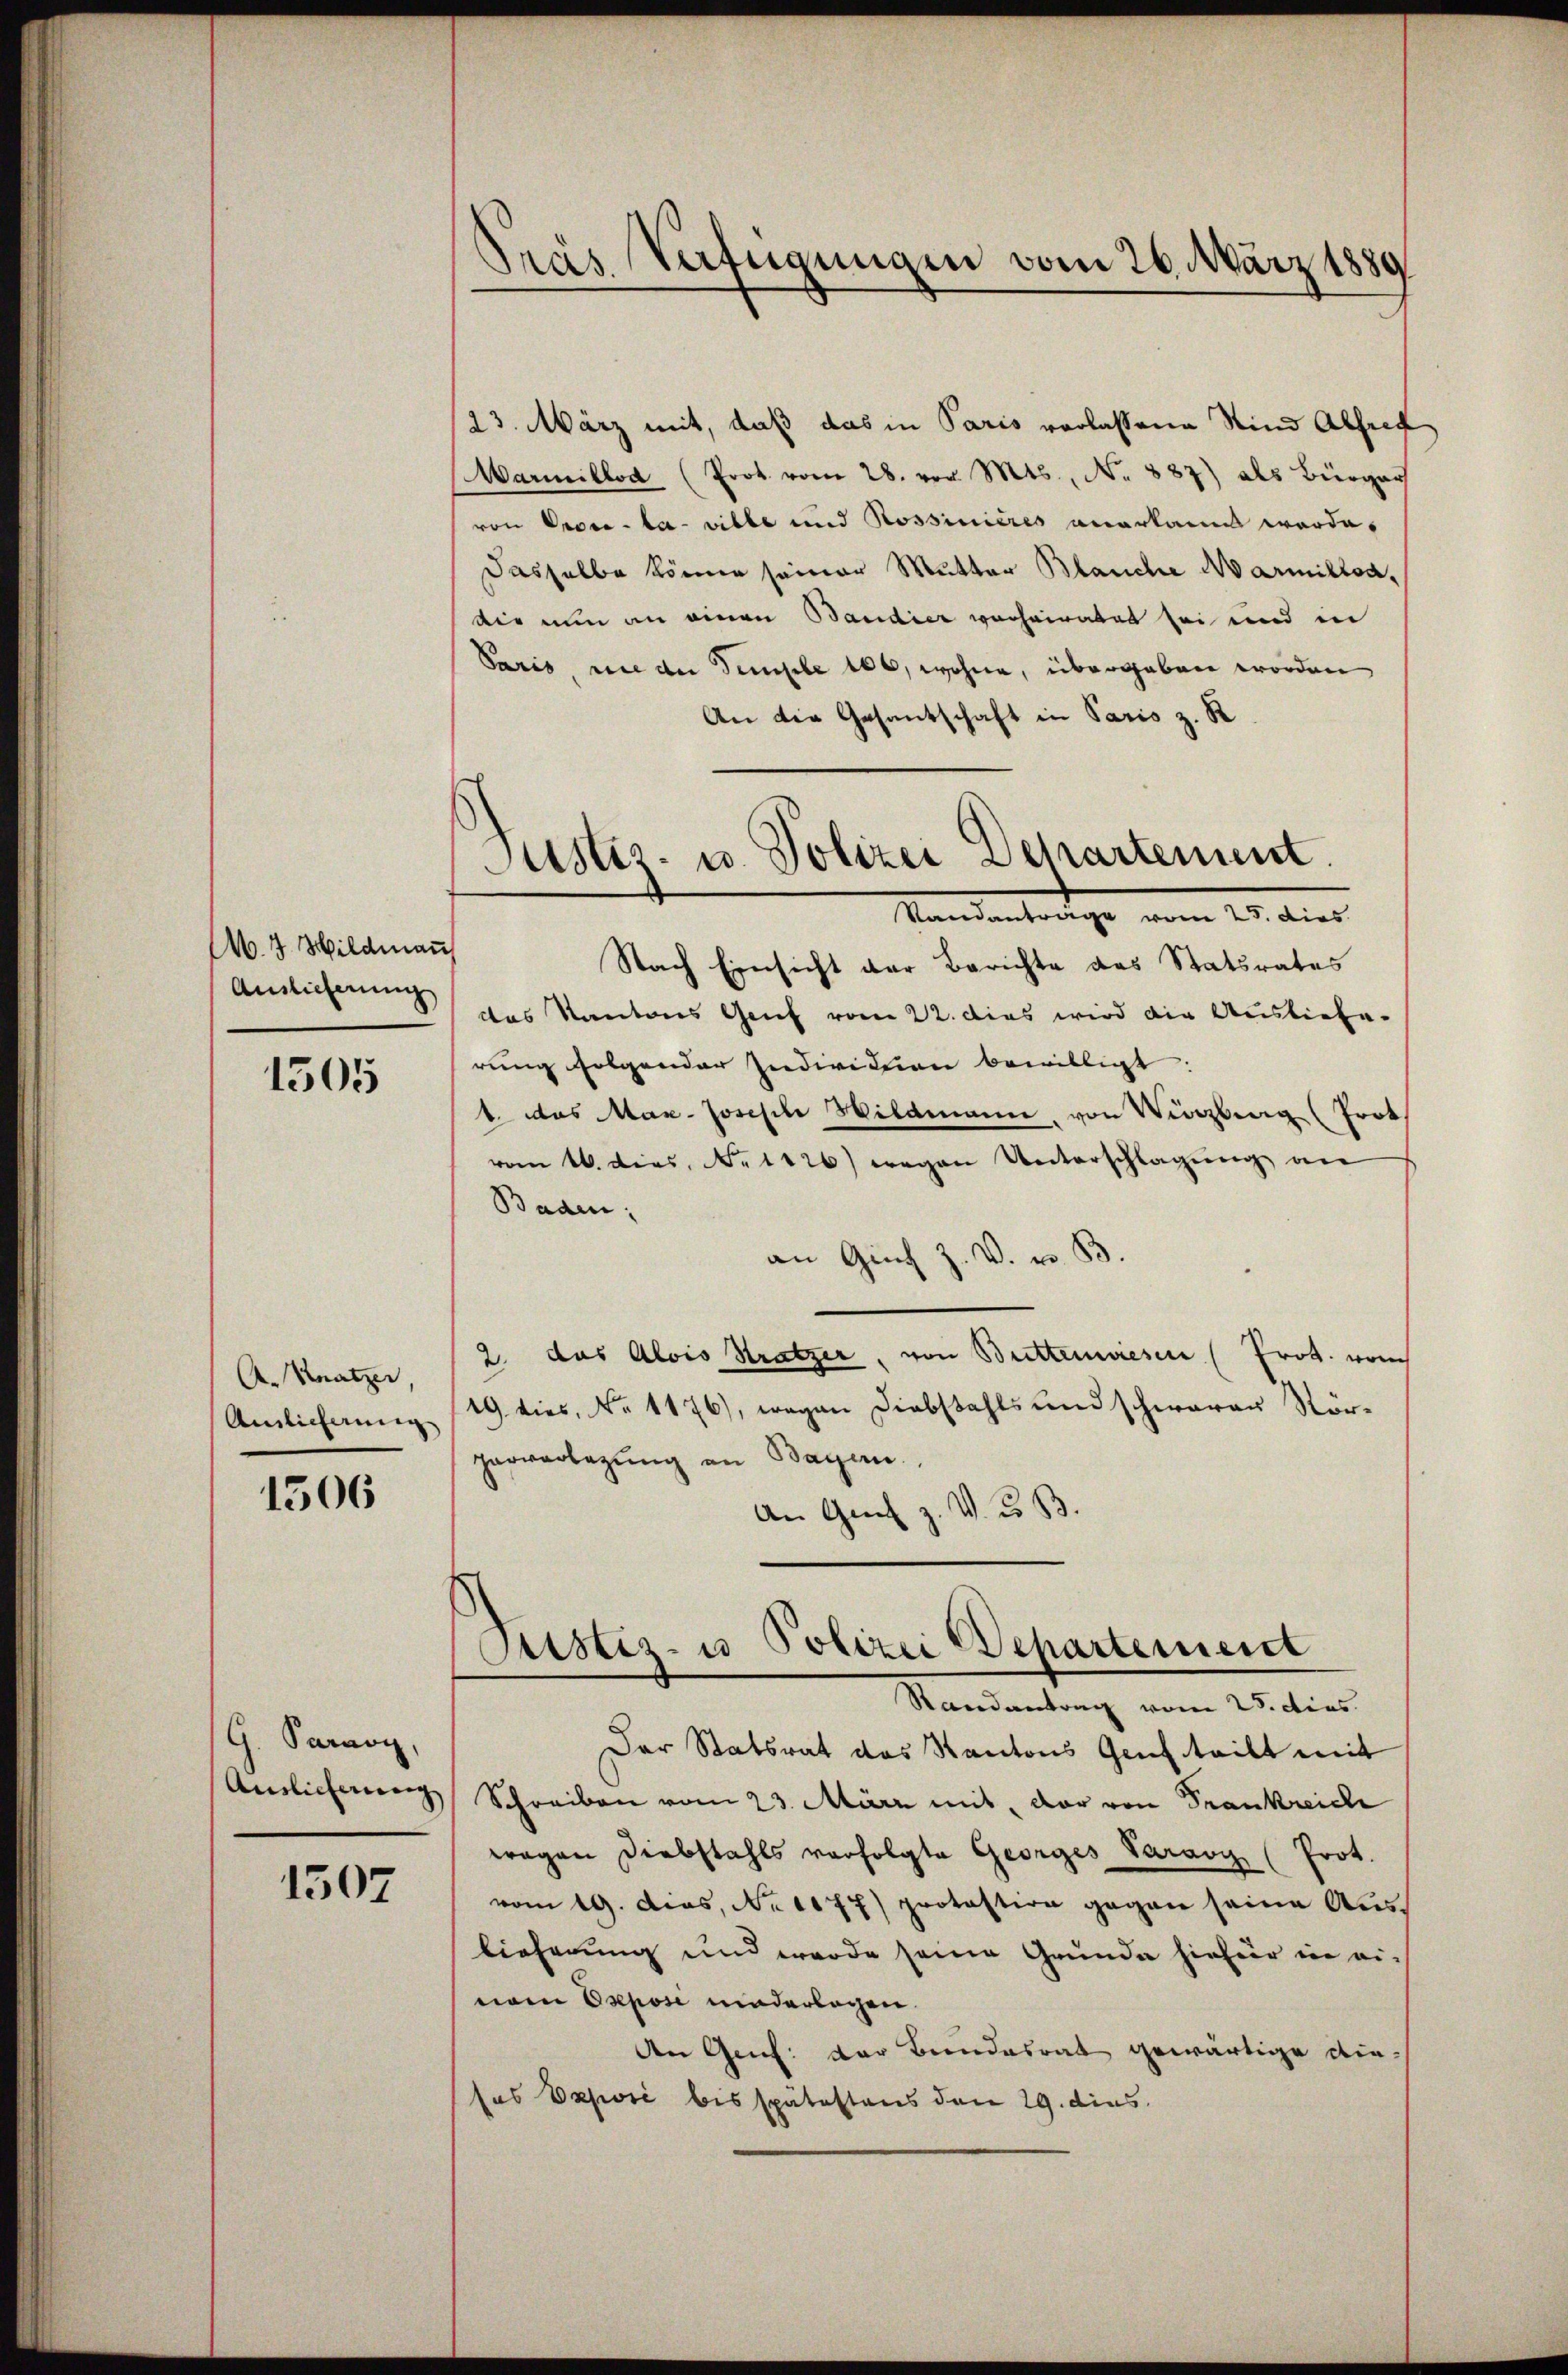
M.7 Hildman
Auslieferung

1505

A. Kratzer,
Amlicherung

1306

G. Paravy,
Auslieferung

1507

Aus Verfügungen vom 26. März 1889

Justiz- u. Polizei Departement
Standantrage vom 25. dies

23. März mit, daß das in Paris vorlassene Kind Absref
Marmillod (Prok. vom 28. von Mts., No 887) als Bürger
von Proce-la- ville und Rossinières anerkann werde.
Dasselbe könne seiner Mutter Blanche ds Amiltoadie nun an einen Baudier verheiratet sei und in
Paris, nie der Temple 106, wohne, übergeben worden
An die Gesantschaft in Paris z. R
Nach Einsicht der Berichte das Statsrates
das Kantons Genf vom 22. dies wird die Auslieferung folgender Individuen bewilligt.
1. das Max-Joseph Wildmann, von Wirzberg (Trok
vom 16. dies. No. 1126) wegen Unterschlagŭng an
Baden;
an Guch Z. V. v. B.
2. das Alois Stratzer, von Brittenwesen (Prot. vom
(19 dies, No 1176), wegen Diebstahls und schwaren Kör-
parverlegung an Bayern.
An Graf z. W. u. B.
Pitstiz- u Polizei Departement
Randantrag vom 28. dies
Der Statsrat des Kantons Genf teilt mit
Schreiben vom 23. März mit der von Frankreiche
wegen Diebstahls verfolgte Georges Paravz (Prot.
vom 19. dies, No 1077) protestion gegen seine Auslieferung und werde seine Grunde hiefür in ei-
eiem Exposi niederlagen.
den Genf der Bundesrat gewärtige diesas Vesuvić bis spätestens den 29. dies